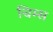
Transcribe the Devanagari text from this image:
चिम्स